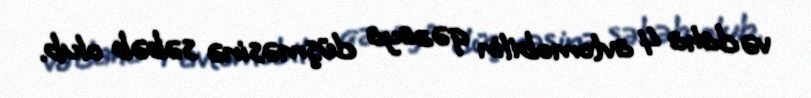
və daha 4 avtomobilin qəzaya düşməsinə səbəb olub.